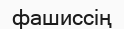
фашиссің